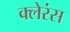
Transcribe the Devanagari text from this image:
क्लेरंस